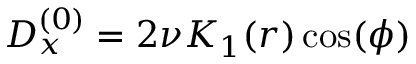
D _ { x } ^ { ( 0 ) } = 2 \nu K _ { 1 } ( r ) \cos ( \phi )